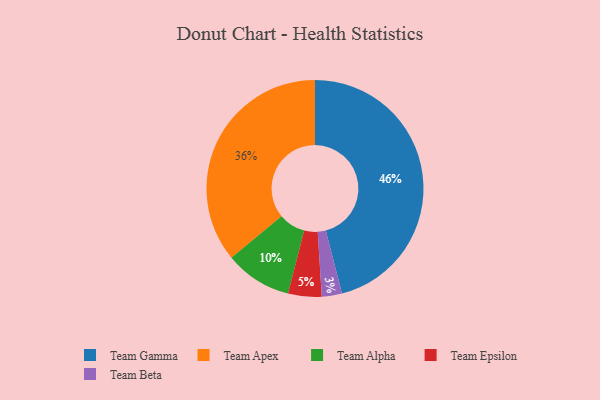
{"axis": {"x": "Category", "y": "Percentage"}, "legend": ["Team Alpha", "Team Apex", "Team Beta", "Team Epsilon", "Team Gamma"], "data": [{"x": "Team Beta", "y": 3, "type": "Team Beta"}, {"x": "Team Gamma", "y": 46, "type": "Team Gamma"}, {"x": "Team Epsilon", "y": 5, "type": "Team Epsilon"}, {"x": "Team Apex", "y": 36, "type": "Team Apex"}, {"x": "Team Alpha", "y": 10, "type": "Team Alpha"}]}